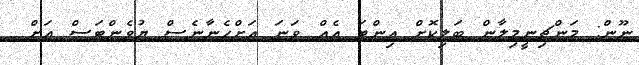
ނޫން: މަންޗިނީމިލާން ބަލިކޮށް އިންޓަ އެއް ވަނަ އަށްހެނާނެސް ޔުވެންޓަސް އަށް